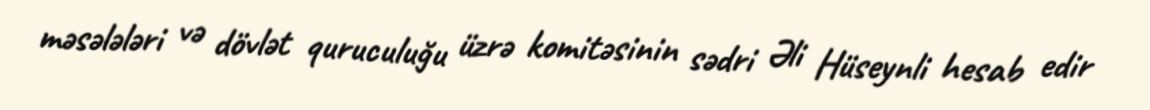
məsələləri və dövlət quruculuğu üzrə komitəsinin sədri Əli Hüseynli hesab edir